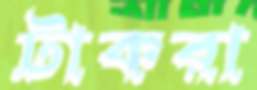
টাকরা